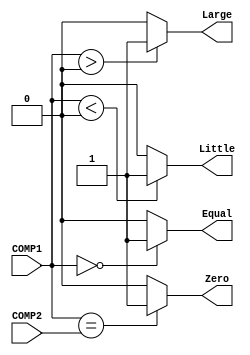
module COMP(
	input[31:0] COMP1,
	input[31:0] COMP2,
	output Zero,
	output Large,
	output Little,
	output Equal
    );
assign Zero = (COMP1==COMP2)? 1'b1: 1'b0;
assign Large = ($signed(COMP1)>0)? 1'b1: 1'b0;
assign Little = ($signed(COMP1)<0)? 1'b1: 1'b0;
assign Equal = ($signed(COMP1)==0)? 1'b1: 1'b0;
endmodule